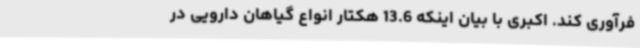
فرآوری کند. اکبری با بیان اینکه 13.6 هکتار انواع گیاهان دارویی در